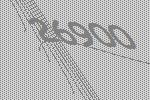
26900